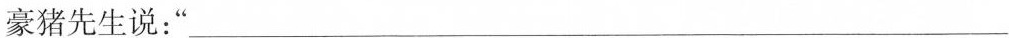
豪猪先生说：“___